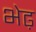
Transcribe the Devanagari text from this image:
भेढ़